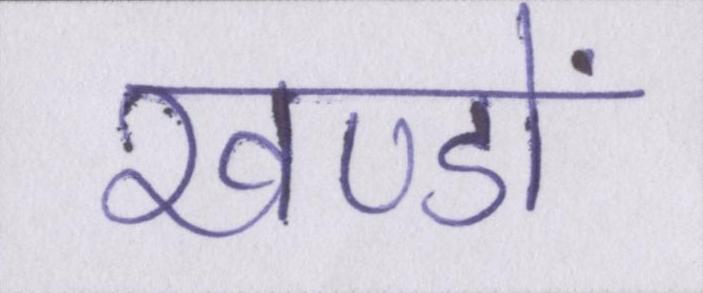
खण्डों